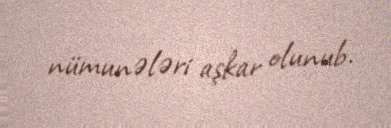
nümunələri aşkar olunub.